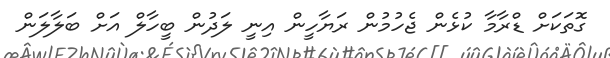
ގޮތަކަށް ޑްރާމާ ކުޅެން ޖެހުމުން ރަޔާހީން އިނީ ލަދުން ބީހާލް އަށް ބަލާލަން